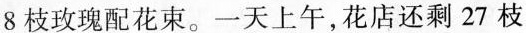
8枝玫瑰配花束。一天上午，花店还剩27枝